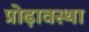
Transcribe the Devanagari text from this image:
प्रोढ़ावस्था